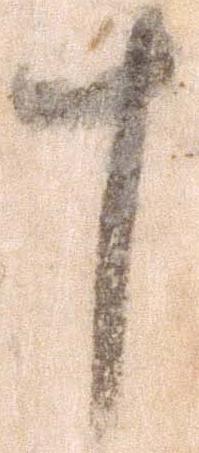
十